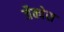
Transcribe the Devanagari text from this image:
जैक्वेस